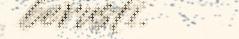
berusti.